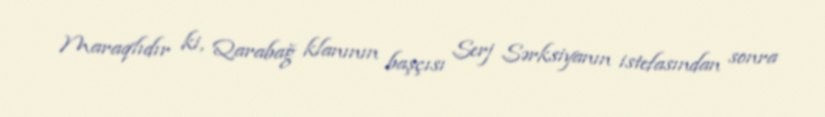
Maraqlıdır ki, Qarabağ klanının başçısı Serj Sərksiyanın istefasından sonra